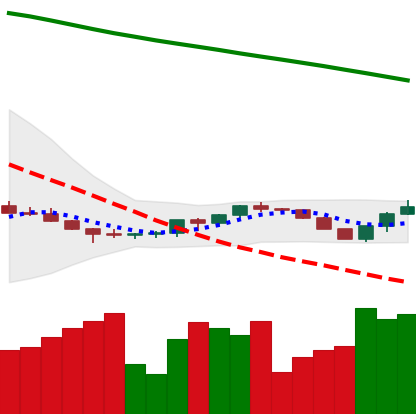
Ticker: ETH-USD
Chart end date: 2022-07-15
Forward return: 23.28%
Label: up_7plus